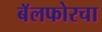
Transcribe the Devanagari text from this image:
बॅलफोरचा